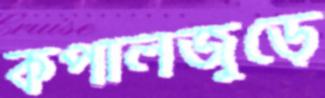
কপালজুড়ে